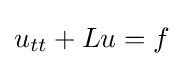
u_{tt}+Lu=f